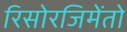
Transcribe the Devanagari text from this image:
रिसोरजिमेंतो